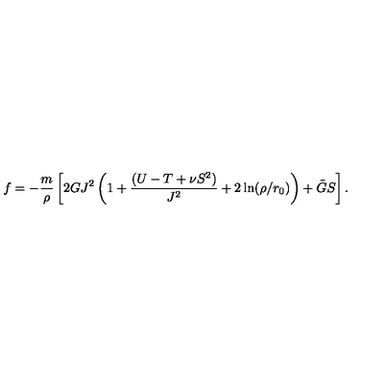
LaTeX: f = - \frac { m } { \rho } \left[ 2 G J ^ { 2 } \left( 1 + \frac { ( U - T + \nu S ^ { 2 } ) } { J ^ { 2 } } + 2 \ln ( \rho / r _ { 0 } ) \right) + \tilde { G } S \right] .